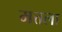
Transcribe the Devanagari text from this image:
मत्तला